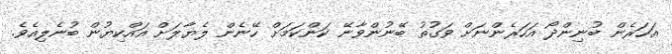
އަހަރެން ބުނިންދޯ އަހަރެންނަށް ވަގުތު ބޭނުންވާނޭ ކަންކަމަށް ހޭނެން ލެޔާލަށް އައްކިޔުން ބުނެލިއެވެ.